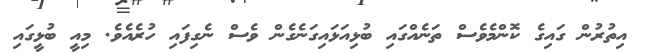
އިތުރުން ގައިގެ ކޮންމެވެސް ތަނެއްގައި ބުޅިއަޅައިގަނެގެން ވެސް ނެގިފައި ހުރެއެވެ. މިއީ ބުޅީގައި